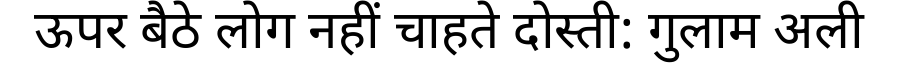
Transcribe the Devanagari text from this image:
ऊपर बैठे लोग नहीं चाहते दोस्ती: गुलाम अली